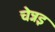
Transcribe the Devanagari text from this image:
चेन्नइ